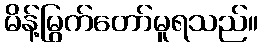
မိန့်မြွက်တော်မူရသည်။